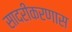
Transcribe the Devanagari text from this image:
सादरीकरणास